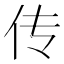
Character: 传